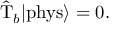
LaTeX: \hat { \mathrm { T } } _ { b } | \mathrm { p h y s } \rangle = 0 .